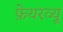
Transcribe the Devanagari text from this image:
फ़ेयरव्यू